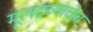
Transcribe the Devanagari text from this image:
मूलद्रव्याचेच